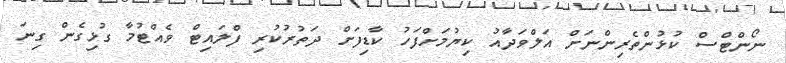
ނޯންޓްސް ކުޅުންތެރިންނަށް އަލްވަދާއު ކިޔުމަށްފަހު ކާޑިފަށް ދަތުރުކުރި ފްލައިޓް ވެއްޓުމާ ގުޅިގެން ގިނަ